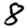
Digit: 8